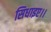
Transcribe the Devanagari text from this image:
सिधाइए।।